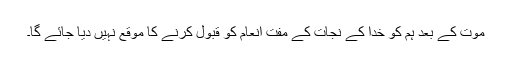
موت کے بعد ہم کو خدا کے نجات کے مفت انعام کو قبول کرنے کا موقع نہیں دیا جائے گا۔